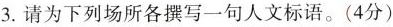
3.请为下列场所各撰写一句人文标语。(4分)